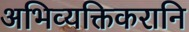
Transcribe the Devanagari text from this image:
अभिव्यक्तिकरानि